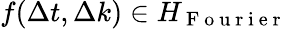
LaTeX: f(\Delta t,\Delta k)\in H_{\mathrm{~F~o~u~r~i~e~r~}}